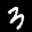
Label: 3